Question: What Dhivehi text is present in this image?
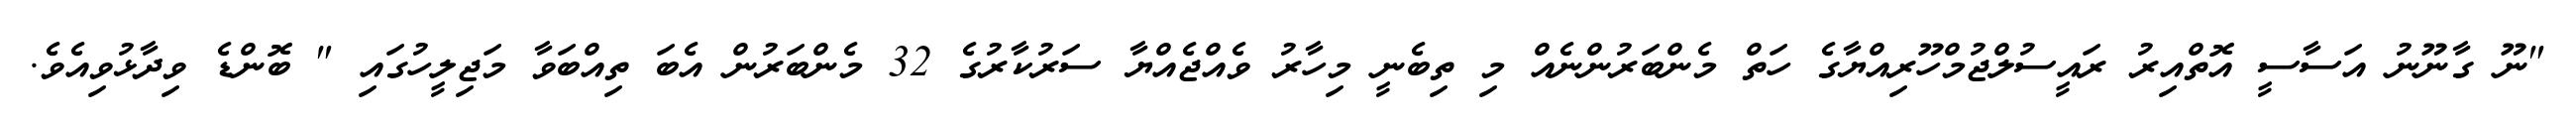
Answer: "ނޫ ގާނޫނު އަސާސީ އޮތްއިރު ރައީސުލްޖުމްހޫރިއްޔާގެ ހަތް މެންބަރުންނެއް މި ތިބެނީ މިހާރު ވެއްޖެއްޔާ ސަރުކާރުގެ 32 މެންބަރުން އެބަ ތިއްބަވާ މަޖިލީހުގައި " ބޮންޑެ ވިދާޅުވިއެވެ.